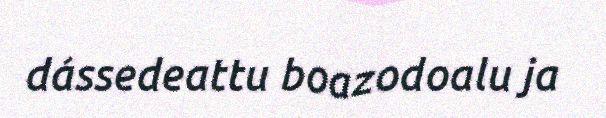
dássedeattu boazodoalu ja